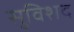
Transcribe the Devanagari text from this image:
सुविशद